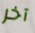
آخر